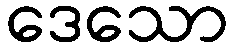
ဒေသော